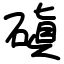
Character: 磌